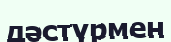
дәстүрмен